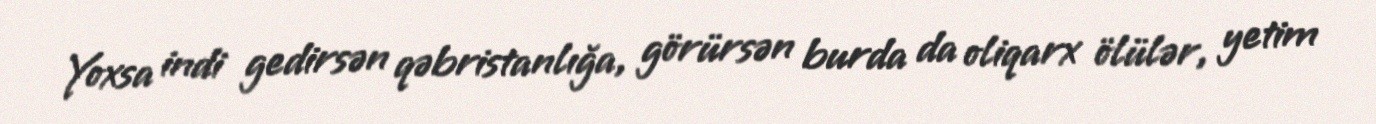
Yoxsa indi gedirsən qəbristanlığa, görürsən burda da oliqarx ölülər, yetim